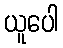
ယူပေါ